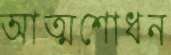
আত্মশোধন